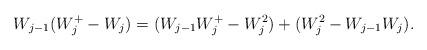
LaTeX: \begin{align*}\begin{aligned} W_{ j - 1 } ( W^+_j - W_j ) = (W_{j-1} W_j^+ - W_j^2) + (W_j^2 - W_{j-1} W_j) .\end{aligned}\end{align*}